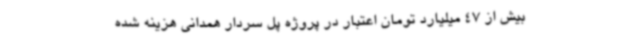
بیش از 47 میلیارد تومان اعتبار در پروژه پل سردار همدانی هزینه شده